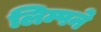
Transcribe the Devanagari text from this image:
लिम्पने